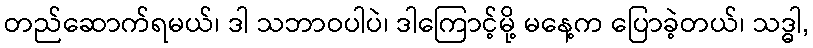
တည်ဆောက်ရမယ်၊ ဒါ သဘာဝပါပဲ၊ ဒါကြောင့်မို့ မနေ့က ပြောခဲ့တယ်၊ သဒ္ဓါ,